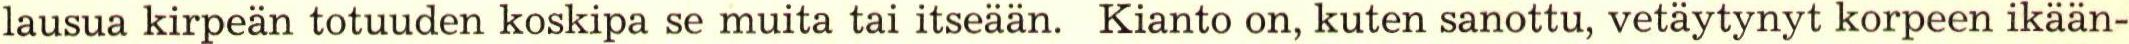
lausua kirpeän totuuden koskipa se muita tai itseään. Kianto on, kuten sanottu, vetäytynyt korpeen ikään-